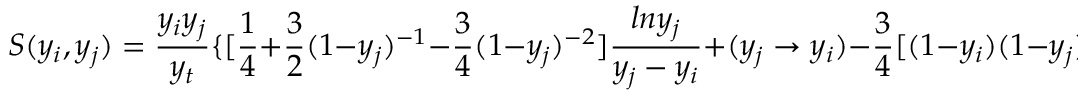
S ( y _ { i } , y _ { j } ) = { \frac { y _ { i } y _ { j } } { y _ { t } } } \{ [ { \frac { 1 } { 4 } } + { \frac { 3 } { 2 } } ( 1 - y _ { j } ) ^ { - 1 } - { \frac { 3 } { 4 } } ( 1 - y _ { j } ) ^ { - 2 } ] { \frac { l n y _ { j } } { y _ { j } - y _ { i } } } + ( y _ { j } \to y _ { i } ) - { \frac { 3 } { 4 } } [ ( 1 - y _ { i } ) ( 1 - y _ { j } ) ] ^ { - 1 } \} ,